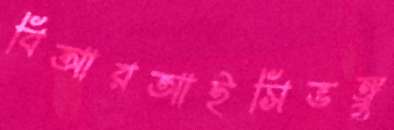
বিআরআইসিভঙ্গু